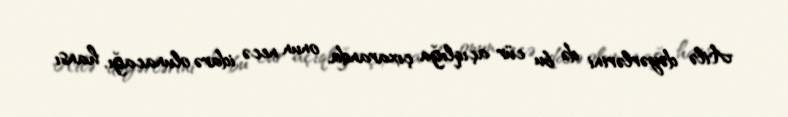
Ailə dəyərlərini də bu cür açıqlığa çıxaranda, onun necə idarə olunacağı, hansı